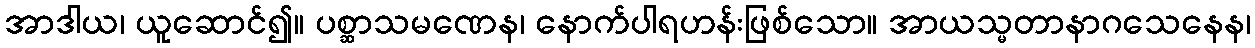
အာဒါယ၊ ယူဆောင်၍။ ပစ္ဆာသမဏေန၊ နောက်ပါရဟန်းဖြစ်သော။ အာယသ္မတာနာဂသေနေန၊